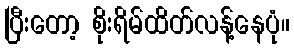
ပြီးတော့ စိုးရိမ်ထိတ်လန့်နေပုံ။